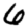
Digit: 6